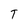
Character: T